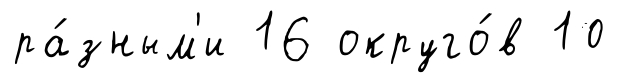
ра́зным'и 16 округо́в 10